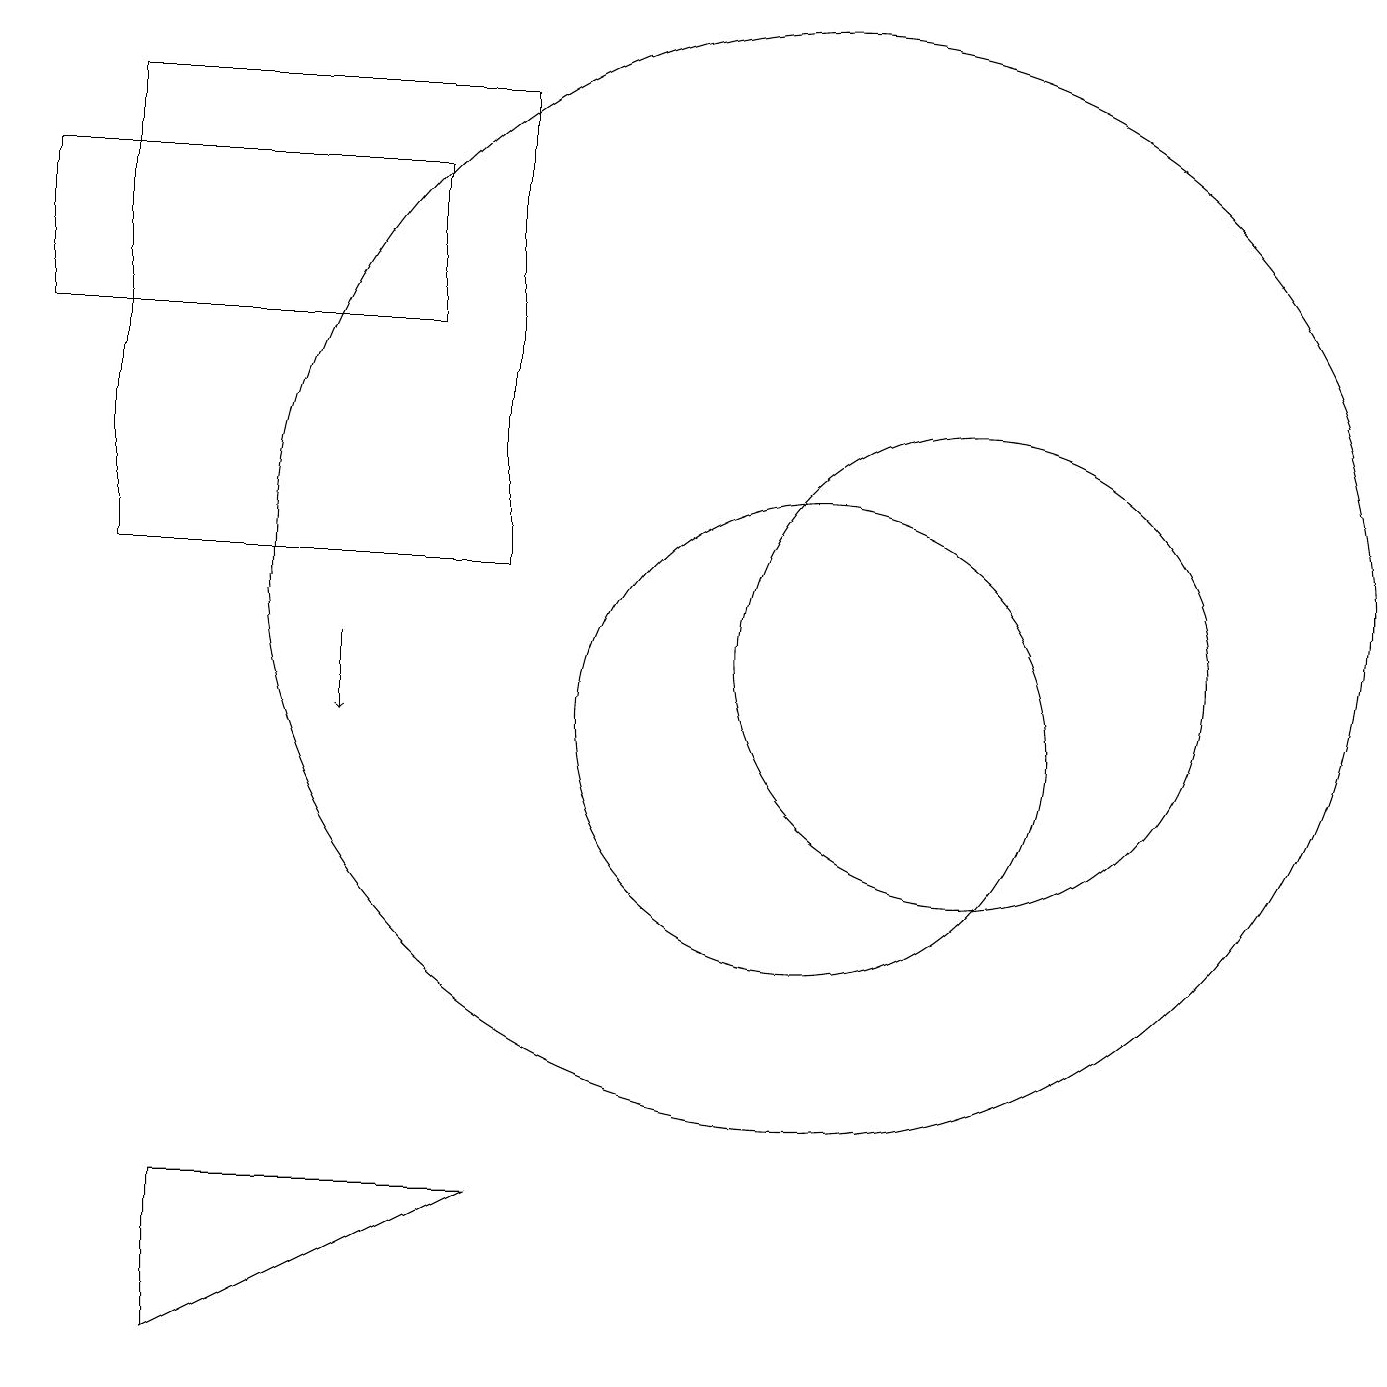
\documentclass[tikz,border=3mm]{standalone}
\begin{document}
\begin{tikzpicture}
\draw (12,11) circle (3);
\draw[->] (4,11) -- (4,10);
\draw (2,2) -- (2,4) -- (6,4) -- cycle;
\draw (10,10) circle (3);
\draw (10,12) circle (7);
\draw (0,17) rectangle (5,15);
\draw (6,12) rectangle (1,18);
\draw (11,10) circle (0);
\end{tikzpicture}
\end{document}